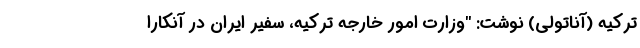
ترکیه (آناتولی) نوشت: "وزارت امور خارجه ترکیه، سفیر ایران در آنکارا